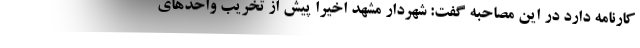
کارنامه دارد در این مصاحبه گفت: شهردار مشهد اخیرا پیش از تخریب واحدهای